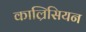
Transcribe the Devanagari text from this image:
काल्रिसियन